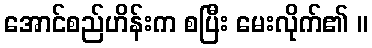
အောင်စည်ဟိန်းက စပြီး မေးလိုက်၏ ။